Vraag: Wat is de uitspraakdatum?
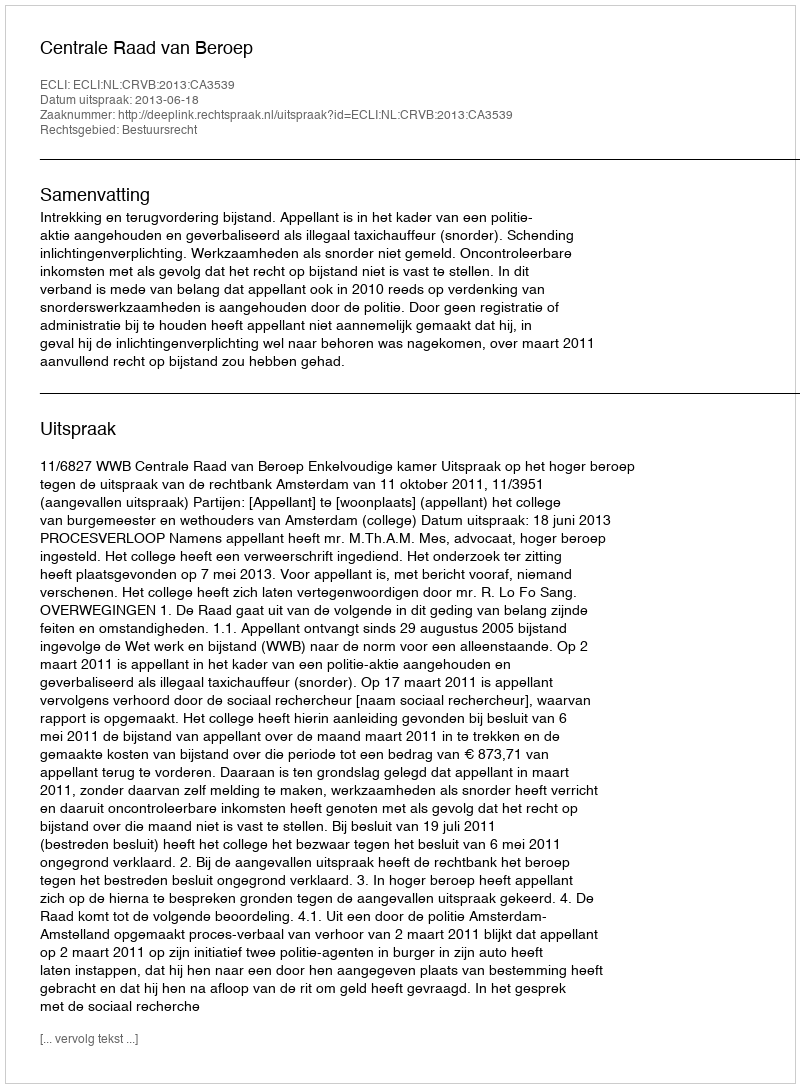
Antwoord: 2013-06-18